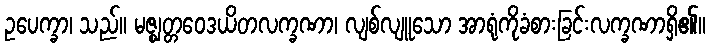
ဥပေက္ခာ၊ သည်။ မဇ္ဈတ္တဝေဒယိတလက္ခဏာ၊ လျစ်လျူသော အာရုံကိုခံစားခြင်းလက္ခဏာရှိ၏။